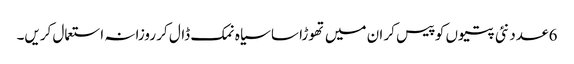
6 عدد نئی پتیوں کو پیس کر ان میں تھوڑا سا سیاہ نمک ڈال کر روزانہ استعمال کریں۔